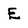
Character: E